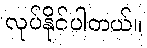
လုပ်နိုင်ပါတယ်။